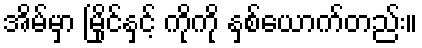
အိမ်မှာ မြိုင်နှင့် ကိုကို နှစ်ယောက်တည်း။